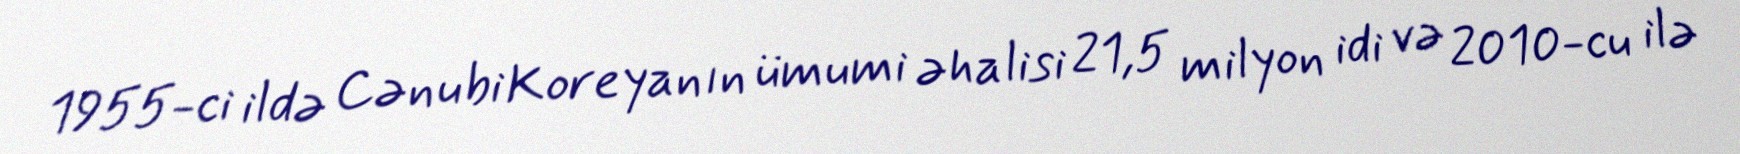
1955-ci ildə Cənubi Koreyanın ümumi əhalisi 21,5 milyon idi və 2010-cu ilə